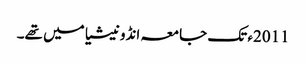
2011ء تک جامعہ انڈونیشیا میں تھے۔